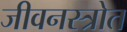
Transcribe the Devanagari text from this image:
जीवनस्त्रोत